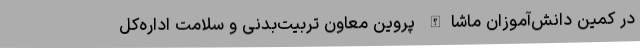
در کمین دانش‌آموزان ماشا‌الله پروین معاون تربیت‌بدنی و سلامت اداره‌کل